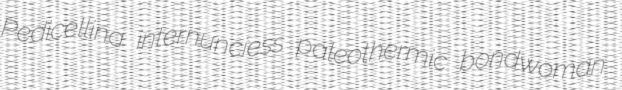
Pedicellina internunciess paleothermic bondwoman